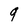
Character: 9